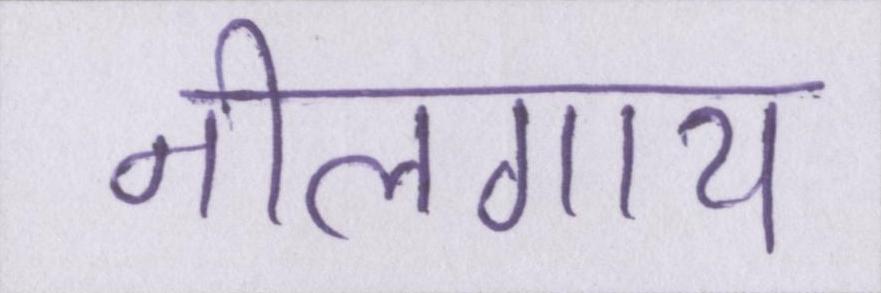
नीलगाय